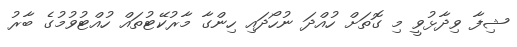
ޝިފާ ވިދާޅުވީ މި ގޮތަށް ހުއްދަ ނުހޯދައި ހިންގާ މާރުކޭޓުތައް ހުއްޓުވުމުގެ ބާރު